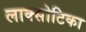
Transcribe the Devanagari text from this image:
लाक्सोटिका